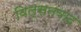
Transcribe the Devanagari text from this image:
विल्सनवाद